NAE_kihelkonnakohtute_kirjad_ja_protokollid_1869-1889, lk 5
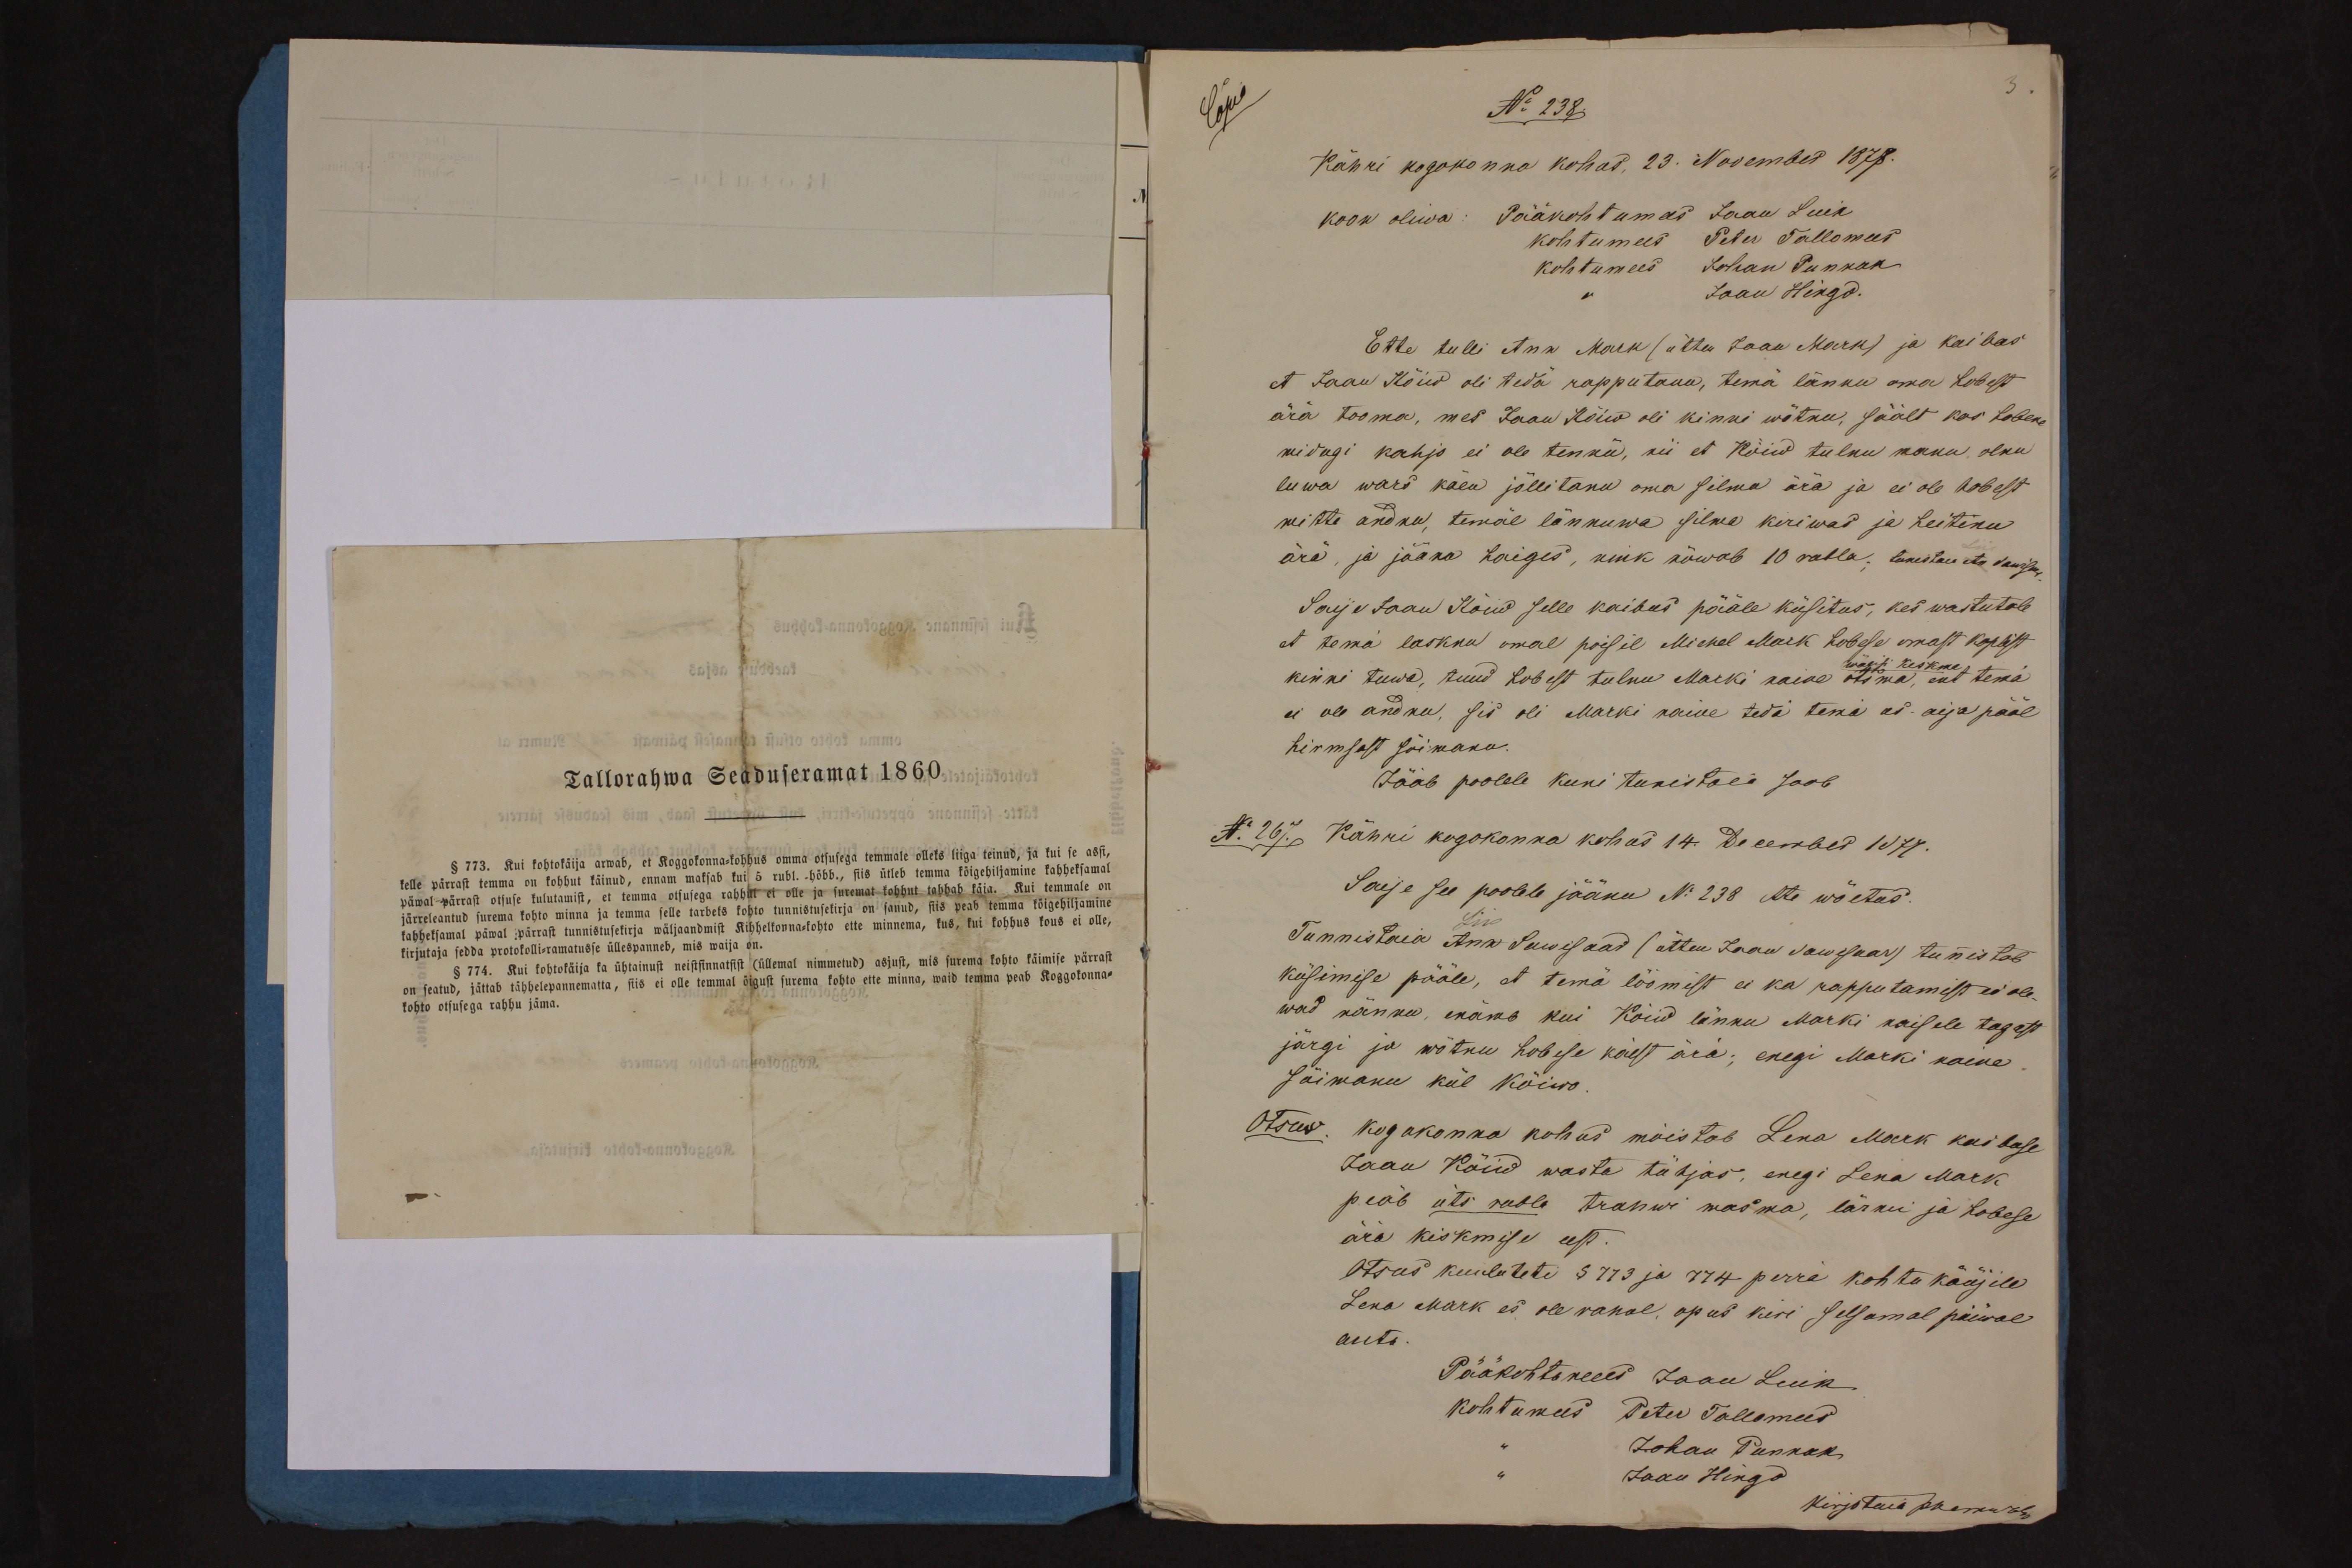
Copia

No 238
Kähri kogokonna kohos, 23. November 1878.
Ette tulli Ann Mark (ütten Jaan Mark) ja kaibas
et Jaan Kõiw oli teda rapputanu, tema länku oma hobest
ära tooma, mes Jaan Kõiw oli kinni wõtnu, säält kas hobeke
midagi kahjo ei ole tennu, nii et Köiw tulnu manu olnu
luwa wars käen jõllitanu oma silma ära ja ei ole hobest
mitte andnu, temäl lännuwa silma kriwad ja heitinu
ära, ja jääno haiges, nink nõwab 10 rubla, tunistan An Sawisaar.
Saije Jaan Kõiw selle kaibus pääle küsitus, kes wastutab
et tema lasknu omal poisil Mickel Mark hobese omast koplist
kinni tuwa, tuud hobest tulnu Marki naine otsma, ent temä
ei ole andnu, sis oli Marki naine tedä temä es aija pääl
hirmsast sõimanu.
Jääb poolele kuni tunistasi saab.
N267. Kähri kogokonna kohos 14. December 1877.
Saije see poolele jäänu N: 238 ette wõetus.
Tunnistaia Ann Sawisaar (ütten Jaan Sawisaar) tunistab
küsimise pääle, et temä löömist ei ka rapputamist ei ole-
wad nännu, enämb kui Kõiw lännu Marki naisele tagast
järgi ja wõtnu hobese käest ära: enegi Marki naene
sõimanu kül Kõiwo.
Otsus. Kogokonna kohos mõistab Lena Mark kaibase
Jaan Köiw wasta tühjas, enegi Lena Mark
peab üts rubla trahwi masma, länku ja hobese
ära kiskmise eest.
Otsus kuuluteti § 7173 ja 774 perra kohtu käüjile
Lena Mark es ole rahol opus kiri selsamal päiwal
anto.